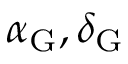
\alpha _ { \mathrm { G } } , \delta _ { \mathrm { G } }